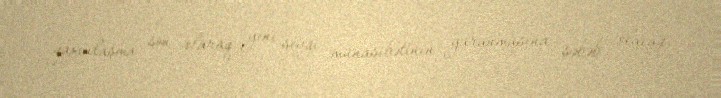
yaxınlaşma son olaraq yeni sevgi münasibətinin yaranmasına səbəb olacaq.